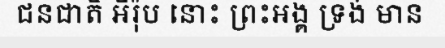
ជនជាតិ អឺរ៉ុប នោះ ព្រះអង្គ ទ្រង់ មាន